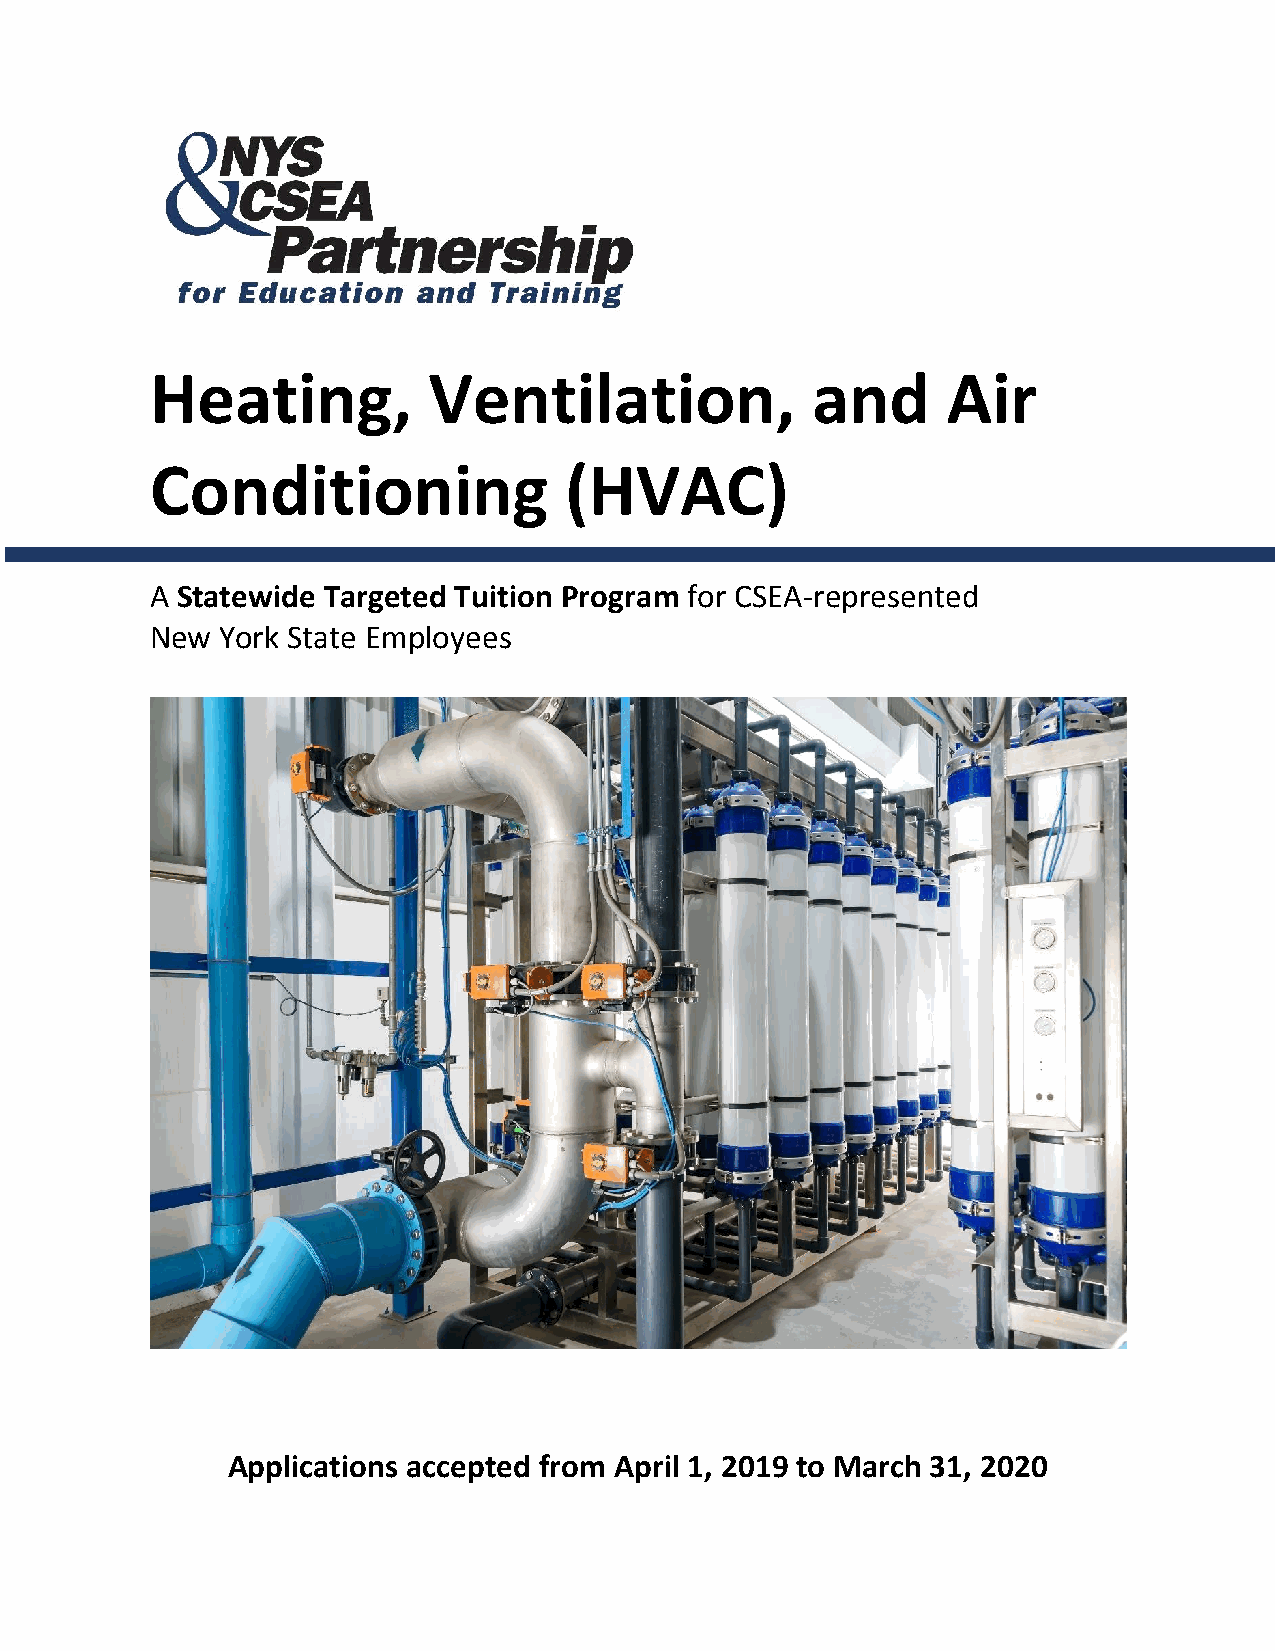
Heating,          Ventilation,              and      Air
 Conditioning               (HVAC)
 A Statewide Targeted Tuition Program for CSEA-represented
 New  York State Employees
 Applications accepted from April 1, 2019 to March 31, 2020